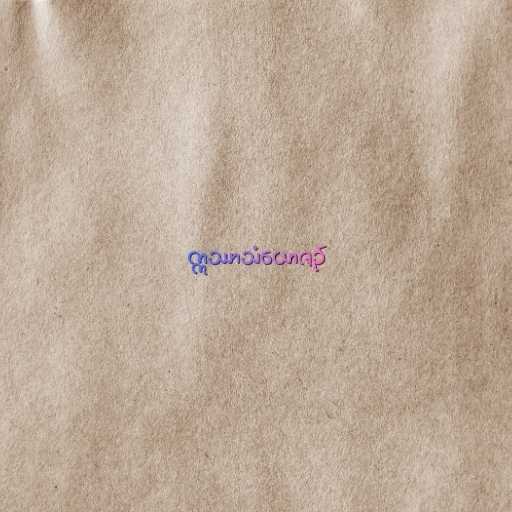
ဣဿာသံယောဇဉ်